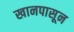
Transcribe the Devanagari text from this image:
खानपासून